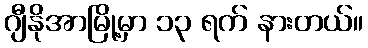
ဂျီနိုအာမြို့မှာ ၁၃ ရက် နားတယ်။